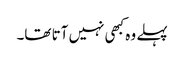
پہلے وہ کبھی نہیں آتا تھا۔